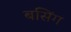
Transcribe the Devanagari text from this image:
बसिंग